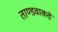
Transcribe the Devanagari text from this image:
ताण्डवाकडे